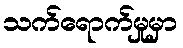
သက်ရောက်မှုမှာ